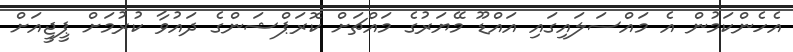
އެހެންކަމުން އެ މައްސަލައިގައި އައްޑޫ މޭޔަރުގެ މައްޗަށް ކޮރަޕްޝަންގެ ދައުވާ ކުރުމަށް ޕީޖީއަށް